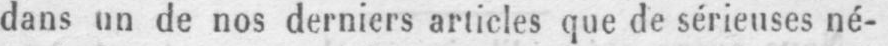
dans un de nos derniers articles que de sérieuses né-